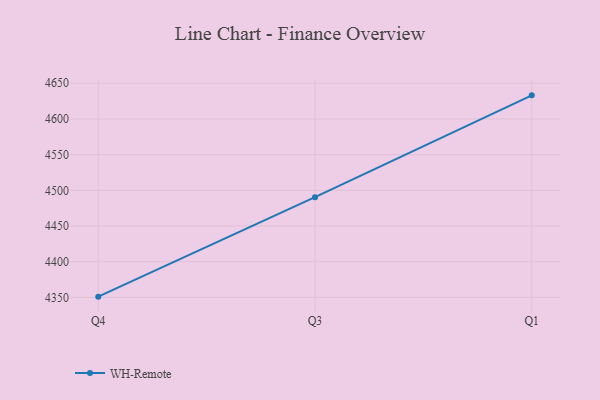
{"axis": {"x": "Quarter", "y": "Humidity (%)"}, "legend": ["WH-Remote"], "data": [{"x": "Q4", "y": 4351.0, "type": "WH-Remote"}, {"x": "Q3", "y": 4490.4, "type": "WH-Remote"}, {"x": "Q1", "y": 4633.1, "type": "WH-Remote"}]}